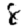
Digit: 8